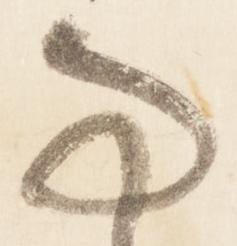
亊